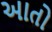
આતો